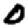
Digit: 0